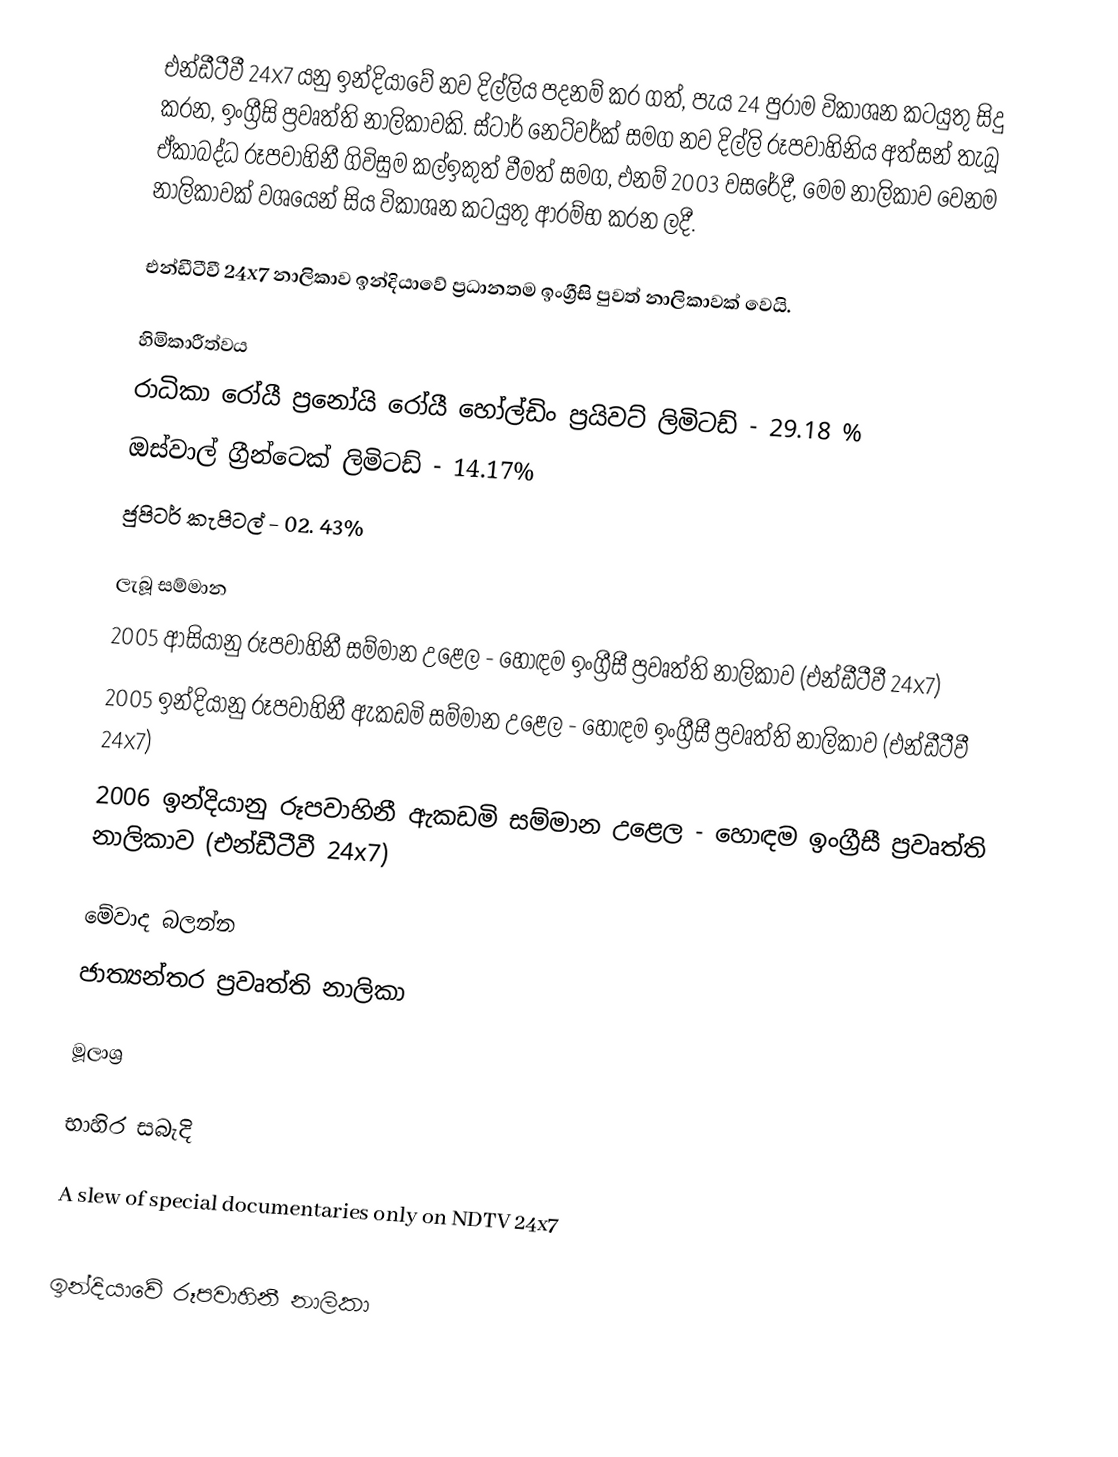
එන්ඩීටීවී 24x7 යනු ඉන්දියාවේ නව දිල්ලිය පදනම් කර ගත්, පැය 24 පුරාම විකාශන කටයුතු සිදු කරන, ඉංග්‍රීසි ප්‍රවෘත්ති නාලිකාවකි. ස්ටාර් නෙට්වර්ක් සමග නව දිල්ලි රූපවාහිනිය අත්සන් තැබූ ඒකාබද්ධ රූපවාහිනී ගිවිසුම කල්ඉකුත් වීමත් සමග, එනම් 2003 වසරේදී, මෙම නාලිකාව වෙනම නාලිකාවක් වශයෙන් සිය විකාශන කටයුතු ආරම්භ කරන ලදී.

එන්ඩීටීවී 24x7 නාලිකාව ඉන්දියාවේ ප්‍රධානතම ඉංග්‍රීසි පුවත් නාලිකාවක් වෙයි.

හිමිකාරීත්වය
 රාධිකා රෝයී ප්‍රනෝයි රෝයී හෝල්ඩිං ප්‍රයිවට් ලිමිටඩ් - 29.18 %
ඔස්වාල් ග්‍රීන්ටෙක් ලිමිටඩ් - 14.17%
 ජුපිටර් කැපිටල් - 02. 43%

ලැබූ සම්මාන
 2005 ආසියානු රූපවාහිනී සම්මාන උළෙල - හොඳම ඉංග්‍රීසී ප්‍රවෘත්ති නාලිකාව (එන්ඩීටීවී 24x7)
 2005 ඉන්දියානු රූපවාහිනී ඇකඩමි සම්මාන උළෙල - හොඳම ඉංග්‍රීසී ප්‍රවෘත්ති නාලිකාව (එන්ඩීටීවී 24x7)
 2006 ඉන්දියානු රූපවාහිනී ඇකඩමි සම්මාන උළෙල - හොඳම ඉංග්‍රීසී ප්‍රවෘත්ති නාලිකාව (එන්ඩීටීවී 24x7)

මේවාද බලන්න
 ජාත්‍යන්තර ප්‍රවෘත්ති නාලිකා

මූලාශ්‍ර

භාහිර සබැදි

 A slew of special documentaries only on NDTV 24x7

ඉන්දියාවේ රූපවාහිනී නාලිකා